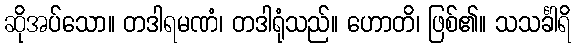
ဆိုအပ်သော။ တဒါရမဏံ၊ တဒါရုံသည်။ ဟောတိ၊ ဖြစ်၏။ သသင်္ခါရိ